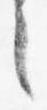
之